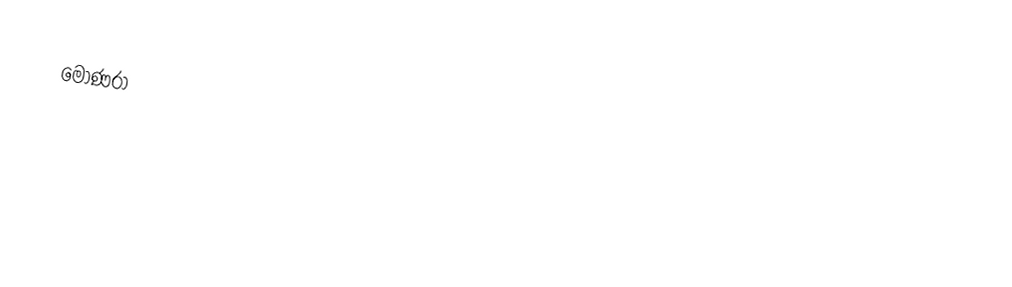
මොණරා